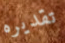
تقديره